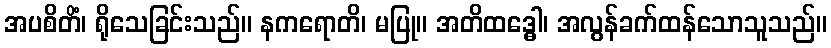
အပစိတိံ၊ ရိုသေခြင်းသည်။ နကရောတိ၊ မပြု။ အတိထဒ္ဓေါ၊ အလွန်ခက်ထန်သောသူသည်။